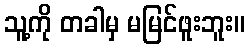
သူ့ကို တခါမှ မမြင်ဖူးဘူး။